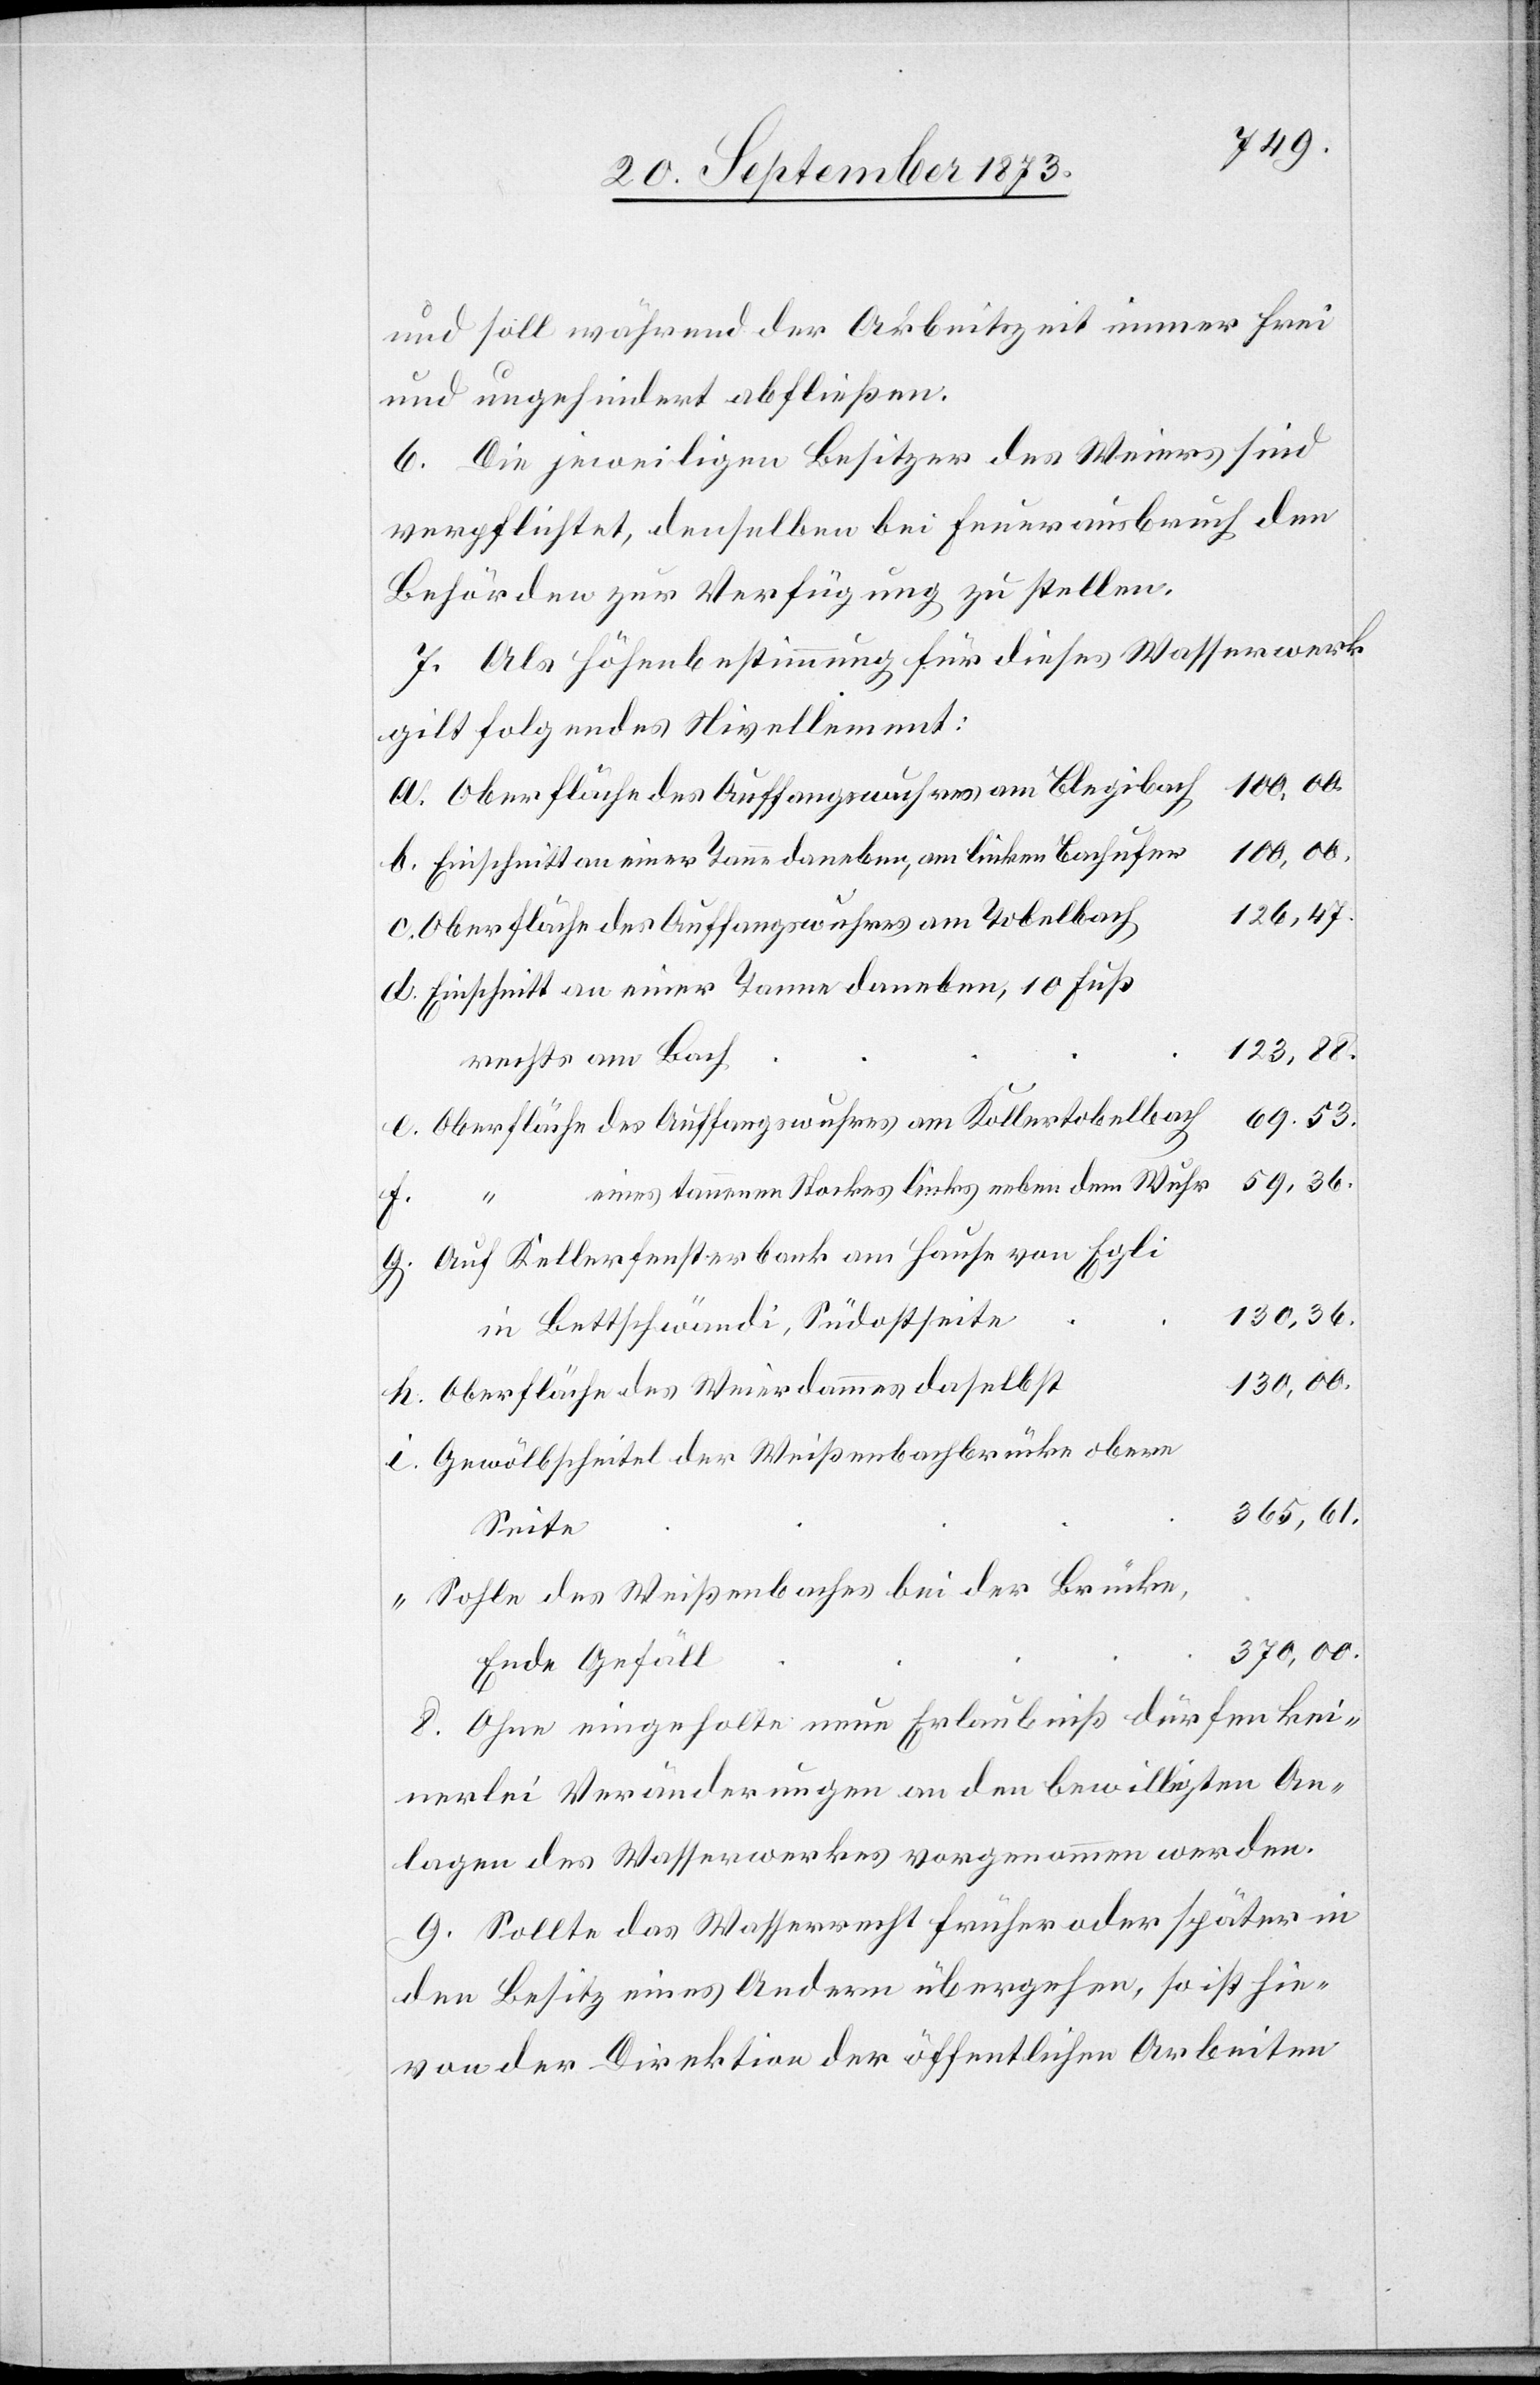
und soll während der Arbeitszeit immer frei
und ungehindert abfließen.
6. Die jeweiligen Besitzer des Weiers sind
verpflichtet, denselben bei Feuerausbruch den
Behörden zur Verfügung zu stellen.
7. Als Höhenbestimmung für dieses Wasserwerk
gilt folgendes Nivellement:
Oberfläche des Auffangswuhres am Blegibach
100,00.
Einschnitt an einer Tanne daneben, am linken Bachufer
126,47.
Oberfläche des Auffangswuhres am Tobelbach
Einschnitt an einer Tanne daneben, 10 Fuß
123,88.
rechts am Bach
69,53.
Oberfläche des Auffangswuhres am Kollertobelbach
59,36.
eines tannenen Stockes links neben dem Wuhr
h.
Auf Kellerfensterbank am Hause von Egli
130,36.
in Bettschwändi, Südostseite
130,00.
Oberfläche des Weierdammes daselbst
Gewölbscheitel der Weißenbachbrücke obere
365,61.
Seite
Sohle des Weißenbaches bei der Brücke,
370,00.
Ende Gefäll
8. Ohne eingeholte neue Erlaubniß dürfen kei¬
nerlei Veränderungen an den bewilligten An¬
lagen des Wasserwerkes vorgenommen werden.
9. Sollte das Wasserrecht früher oder später in
den Besitz eines Andern übergehen, so ist hie¬
von der Direktion der öffentlichen Arbeiten